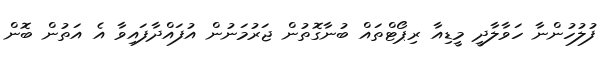
ފުލުހުންނާ ހަވާލާދީ މީޑިއާ ރިޕޯޓްތައް ބުނާގޮތުން ޖަރުމަނުން އުފައްދާފައިވާ އެ އަތުން ބޮން